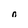
Character: 0